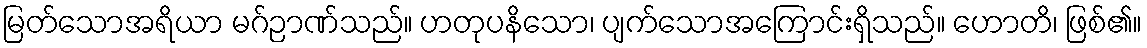
မြတ်သောအရိယာ မဂ်ဉာဏ်သည်။ ဟတုပနိသော၊ ပျက်သောအကြောင်းရှိသည်။ ဟောတိ၊ ဖြစ်၏။